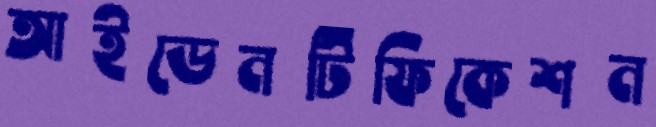
আইডেনটিফিকেশন